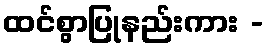
ထင်စွာပြုနည်းကား -